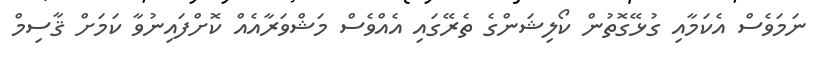
ނަމަވެސް އެކަމާއި ގުޅޭގޮތުން ކޯލިޝަންގެ ތެރޭގައި އެއްވެސް މަޝްވަރާއެއް ކޮށްފައިނުވާ ކަމަށް ޤާސިމް